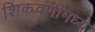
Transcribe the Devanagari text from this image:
शिकवणीमध्ये